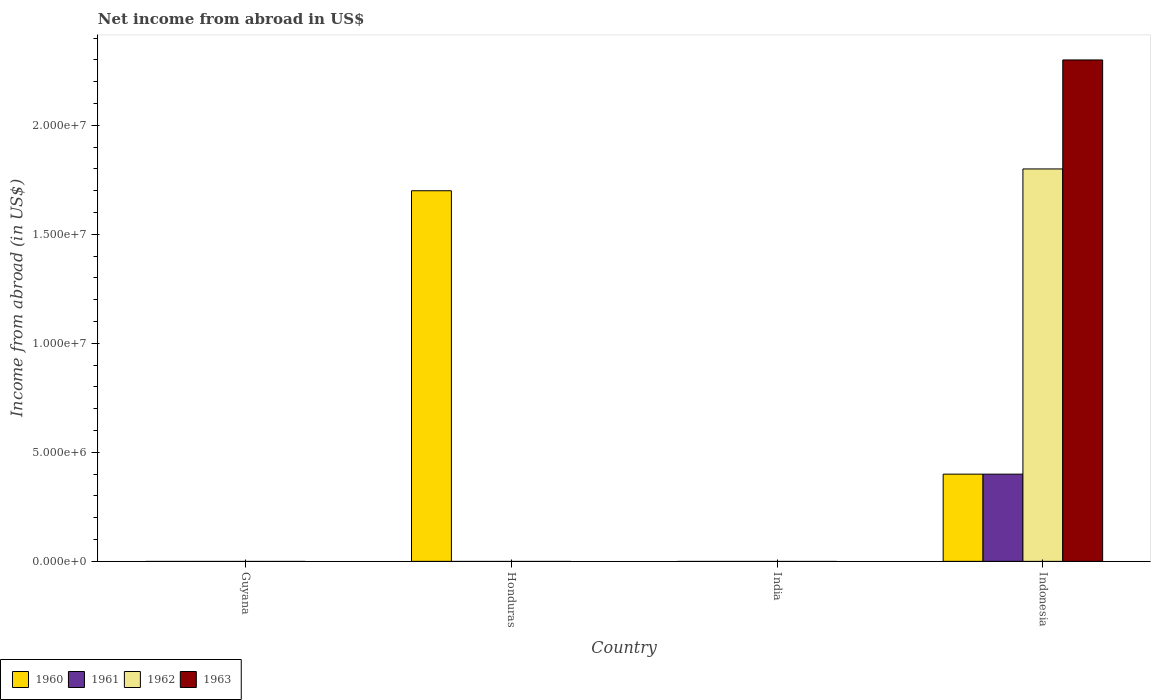
| Country | 1960 | 1961 | 1962 | 1963 |
 | --- | --- | --- | --- | --- |
 | Guyana | -2.39e+07 | -2.19e+07 | -3.59e+07 | -2.75e+07 |
 | Honduras | 1.7e+07 | -2e+06 | -8.6e+06 | -1.2e+07 |
 | India | -7.2e+08 | -9.8e+08 | -1.08e+09 | -1.12e+09 |
 | Indonesia | 4e+06 | 4e+06 | 1.8e+07 | 2.3e+07 |